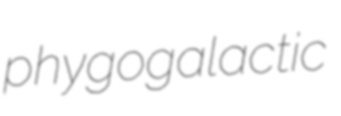
phygogalactic